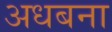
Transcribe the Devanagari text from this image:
अधबना